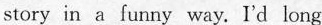
story in a funny way. I'd long